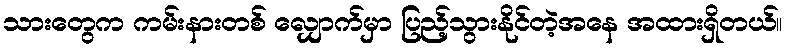
သားတွေက ကမ်းနားတစ် လျှောက်မှာ ပြည့်သွားနိုင်တဲ့အနေ အထားရှိတယ်။